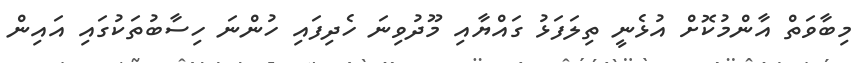
މިބާވަތް އާންމުކޮށް އުޅެނީ ތިލަފަޅު ގައްޔާއި މޫދުވިނަ ހެދިފައި ހުންނަ ހިސާބުތަކުގައި އައިން